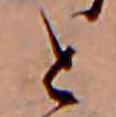
と